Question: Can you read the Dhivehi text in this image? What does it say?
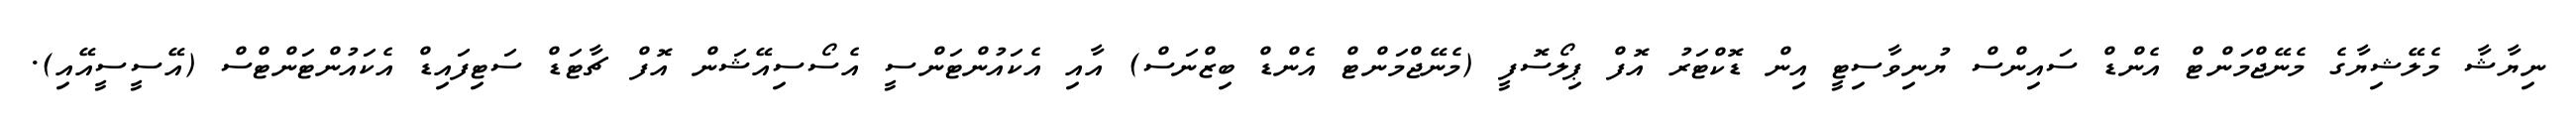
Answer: ނިޔާޝާ މެލޭޝިޔާގެ މެނޭޖްމަންޓް އެންޑް ސައިންސް ޔުނިވާސިޓީ އިން ޑޮކްޓަރު އޮފް ޕިލޯސޮފީ (މެނޭޖްމަންޓް އެންޑް ބިޒްނަސް) އާއި އެކައުންޓަންސީ އެސޯސިއޭޝަން އޮފް ޗާޓަޑް ސަޓިފައިޑް އެކައުންޓަންޓްސް (އޭސީސީއޭއި).